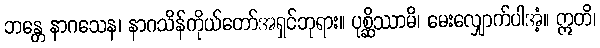
ဘန္တေ နာဂသေန၊ နာဂသိန်ကိုယ်တော်အရှင်ဘုရား။ ပုစ္ဆိဿာမိ၊ မေးလျှောက်ပါအံ့။ ဣတိ၊